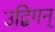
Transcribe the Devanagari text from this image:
उद्विगन्